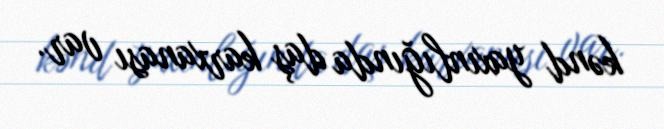
kənd yaxınlığında daş karxanası var.